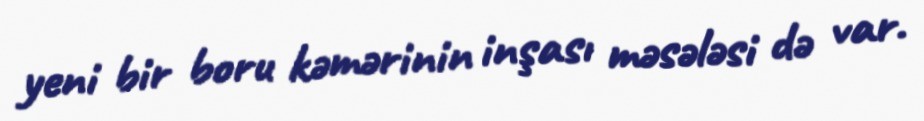
yeni bir boru kəmərinin inşası məsələsi də var.